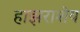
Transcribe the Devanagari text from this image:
हाझराशेय